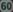
60